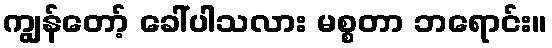
ကျွန်တော့် ခေါ်ပါသလား မစ္စတာ ဘရောင်း။